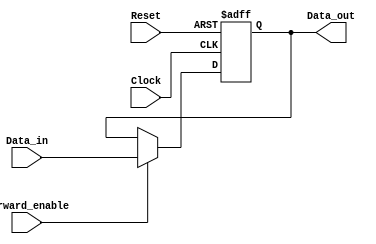
module ForwardingRegister (
    input wire [31:0] Data_in,      // Input data (adjust width as needed)
    input wire Forward_enable,       // Control signal for forwarding
    input wire Clock,                // Clock signal
    input wire Reset,                // Asynchronous reset
    output reg [31:0] Data_out       // Output data
);

    // Asynchronous reset and clock edge behavior
    always @(posedge Clock or posedge Reset) begin
        if (Reset) begin
            Data_out <= 32'b0;       // Output predefined value (0) on reset
        end else if (Forward_enable) begin
            Data_out <= Data_in;     // Forward data on clock edge if enabled
        end
        // If Forward_enable is low, retain previous value (implicit)
    end

endmodule